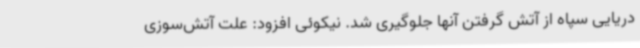
دریایی سپاه از آتش گرفتن آنها جلوگیری شد. نیکوئی افزود: علت آتش‌سوزی